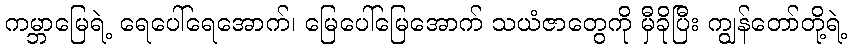
ကမ္ဘာမြေရဲ့ ရေပေါ်ရေအောက်၊ မြေပေါ်မြေအောက် သယံဇာတွေကို မှီခိုပြီး ကျွန်တော်တို့ရဲ့